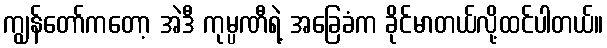
ကျွန်တော်ကတော့ အဲဒီ ကုမ္ပဏီရဲ့ အခြေခံက ခိုင်မာတယ်လို့ထင်ပါတယ်။